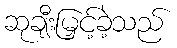
ဆုချီးမြှင့်ခဲ့သည်